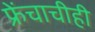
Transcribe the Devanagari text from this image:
फ्रेंचाचीही